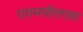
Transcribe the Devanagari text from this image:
एएमपीएएस